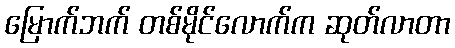
မြောက်ဘက် တစ်မိုင်လောက်က ဆုတ်လာတာ